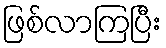
ဖြစ်လာကြပြီး